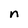
Character: n